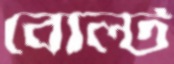
বোল্ট